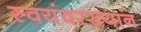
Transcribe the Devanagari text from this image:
स्वयंवरख्यान